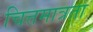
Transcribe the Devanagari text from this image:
चित्तमात्रता